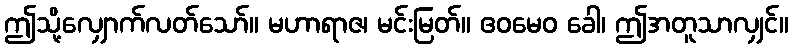
ဤသို့လျှောက်လတ်သော်။ မဟာရာဇ၊ မင်းမြတ်။ ဧဝမေဝ ခေါ၊ ဤအတူသာလျှင်။